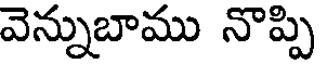
వెన్నుబాము నొప్పి